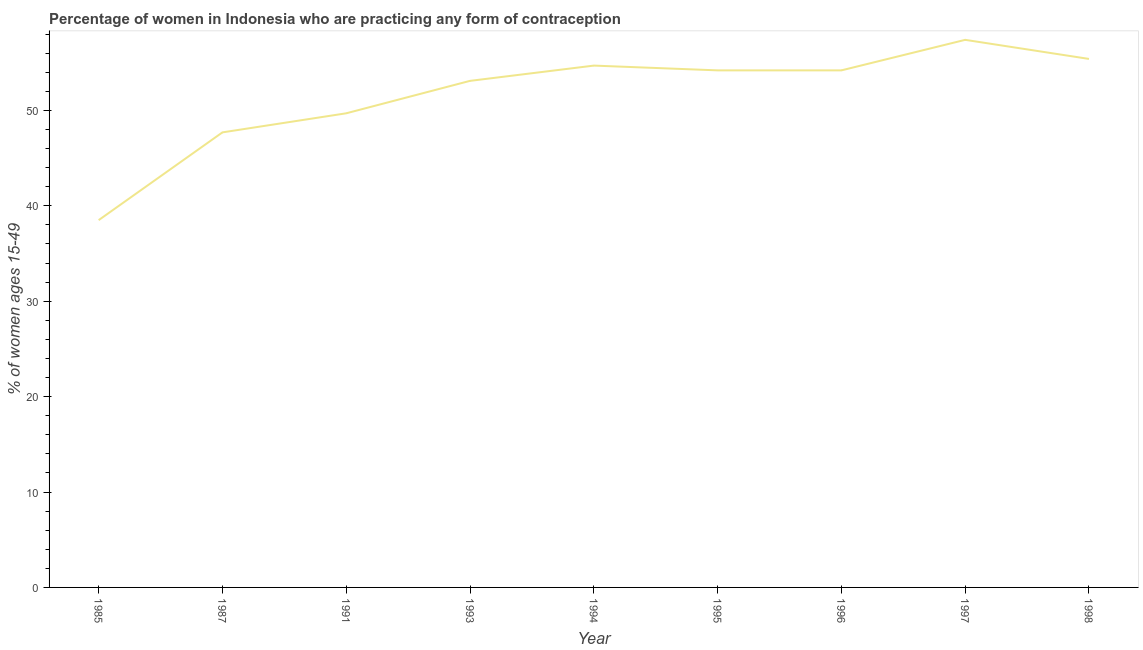
| Year | Contraceptive prevalence |
 | --- | --- |
 | 1985 | 38.5 |
 | 1987 | 47.7 |
 | 1991 | 49.7 |
 | 1993 | 53.1 |
 | 1994 | 54.7 |
 | 1995 | 54.2 |
 | 1996 | 54.2 |
 | 1997 | 57.4 |
 | 1998 | 55.4 |